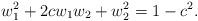
LaTeX: \begin{align*}w_1^2+2cw_1w_2+w_2^2=1-c^2.\end{align*}